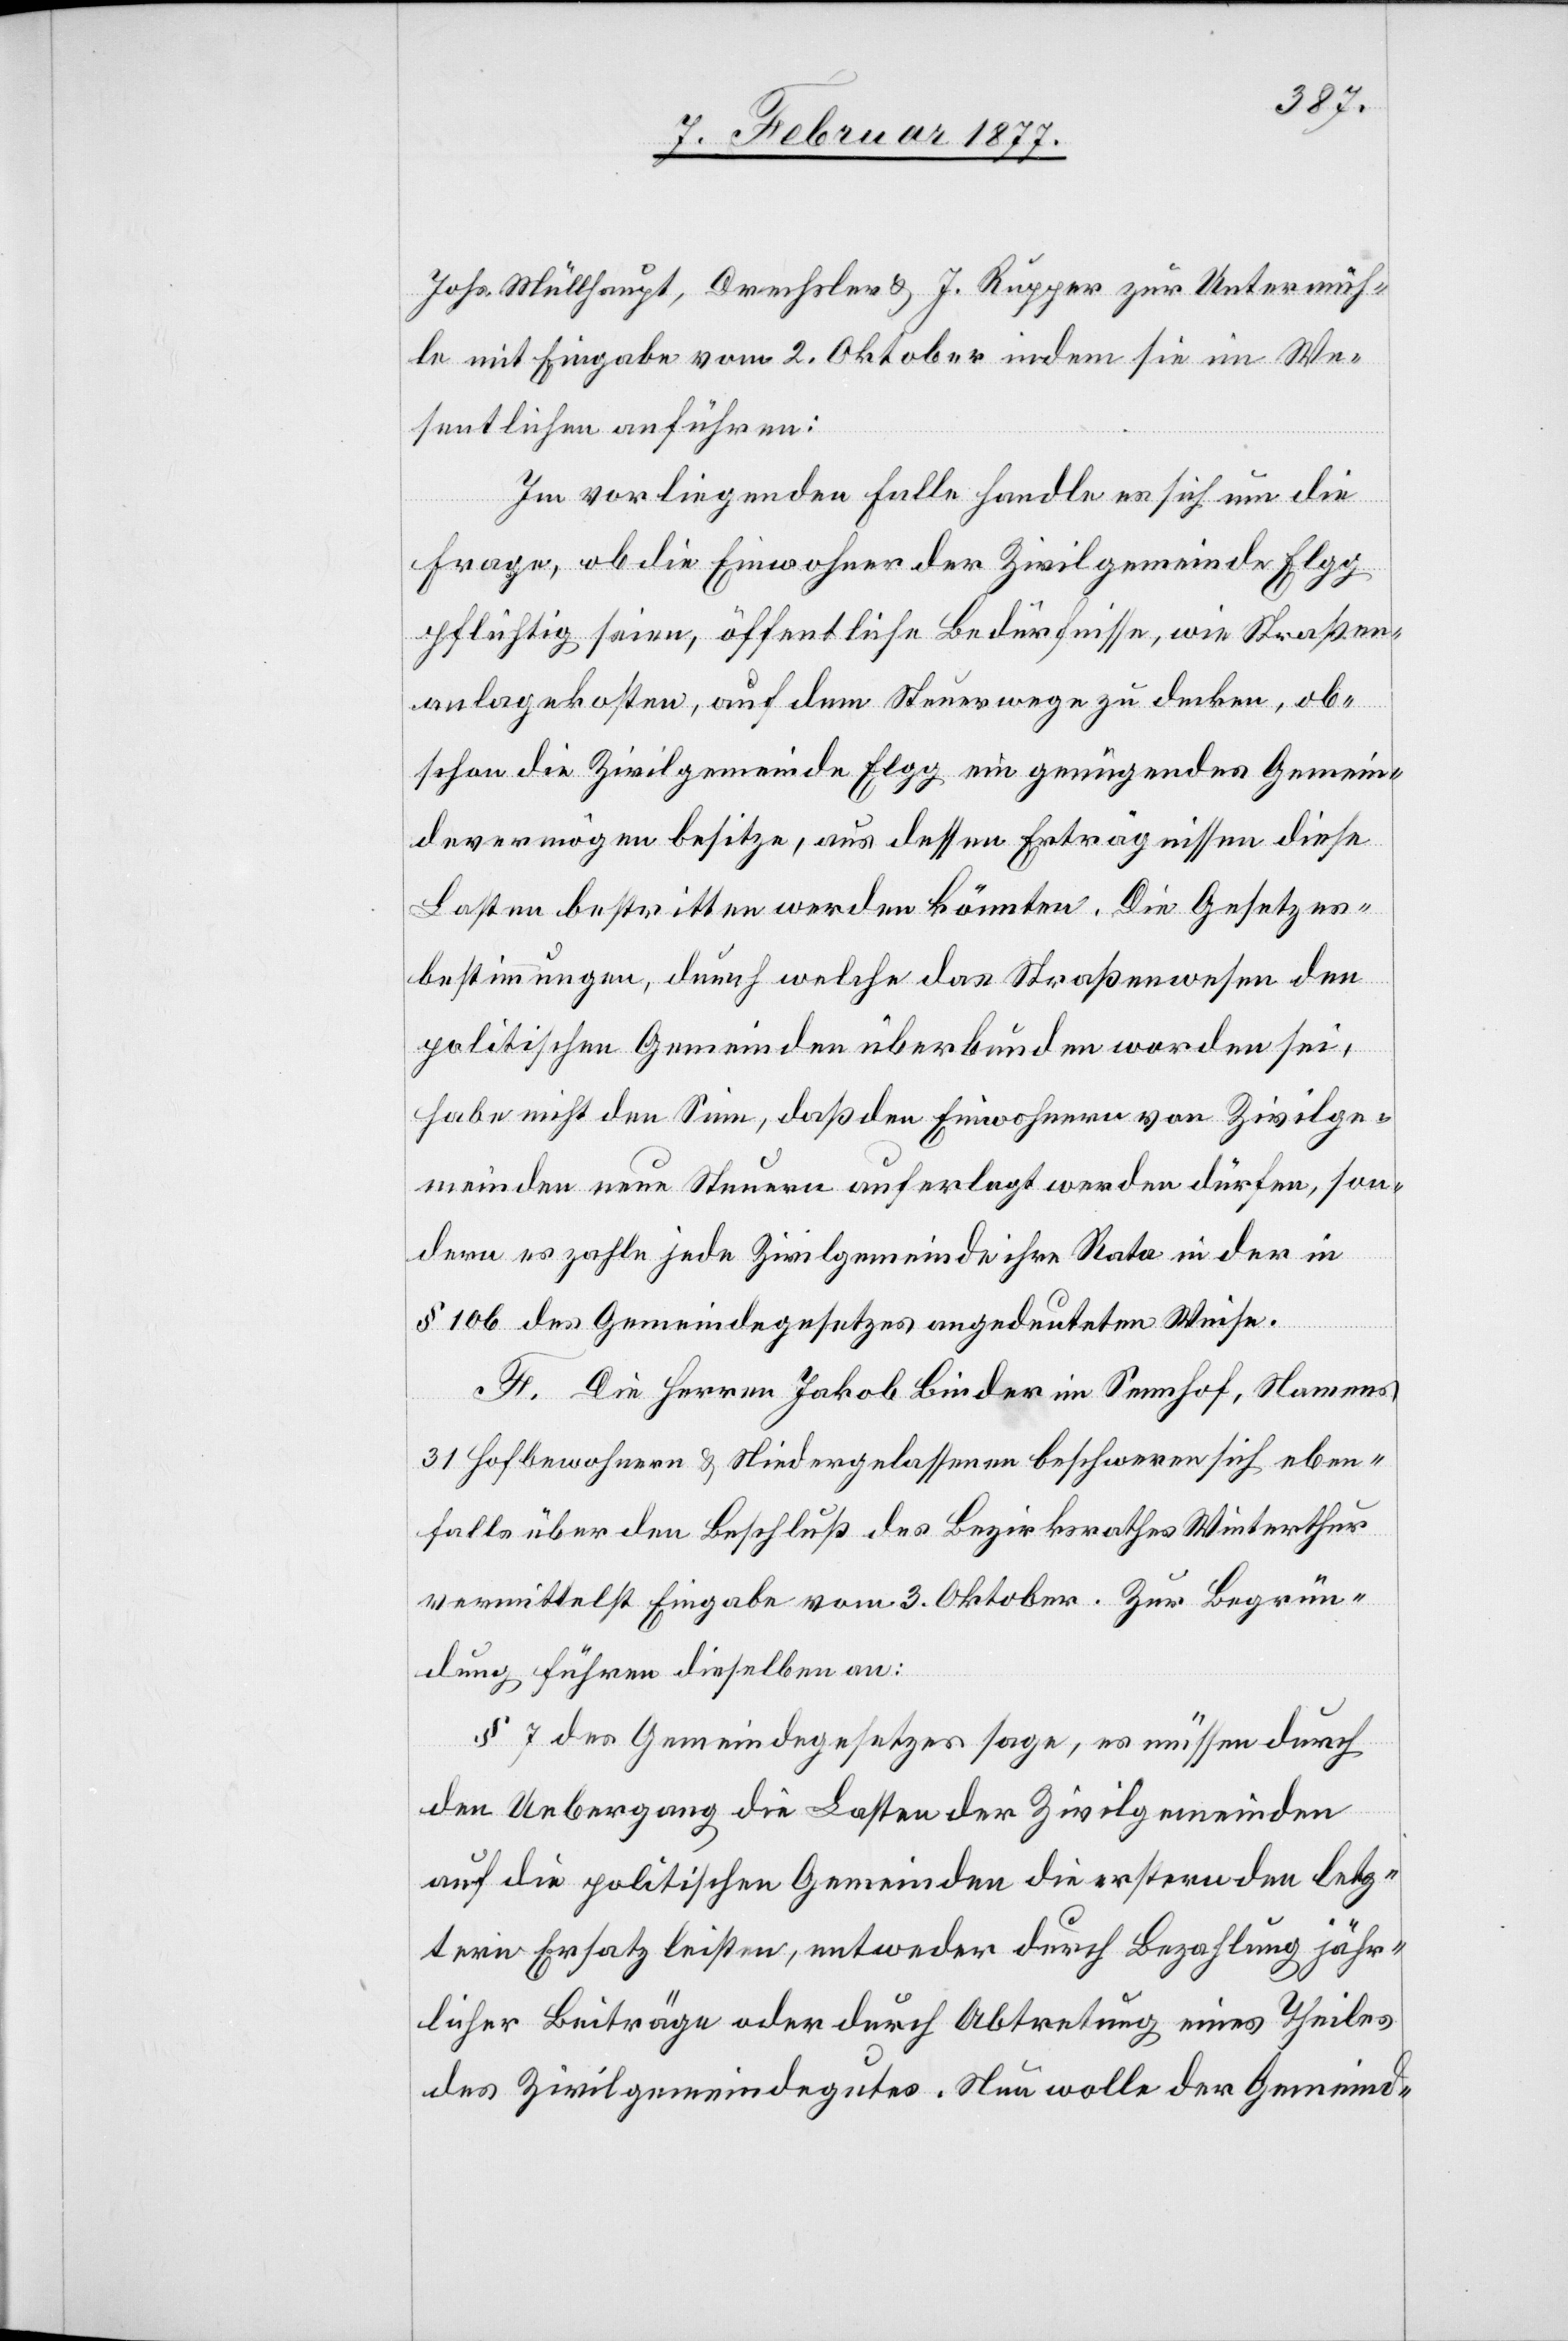
Johs. Müllhaupt, Drechsler & J. Rupper [sic!] zur Untermüh¬
le mit Eingabe vom 2. Oktober indem sie im We¬
sentlichen anführen:
Im vorliegenden Falle handle es sich um die
den
Frage, ob die Einwohner der Zivilgemeinde Elgg
pflichtig seien, öffentliche Bedürfnisse, wie Straßen¬
anlagekosten, auf dem Steuerwege zu decken, ob¬
schon die Zivilgemeinde Elgg ein genügendes Gemein¬
devermögen besitze, aus dessen Erträgnissen diese
Lasten bestritten werden könnten. Die Gesetzes¬
bestimmungen, durch welche das Straßenwesen den
politischen Gemeinden überbunden worden sei,
habe nicht den Sinn, daß den Einwohnern von Zivilge¬
meinden neue Steuern auferlegt werden dürfen, son¬
dern es zahle jede Zivilgemeinde ihre Rata in der in
§ 106 des Gemeindegesetzes angedeuteten Weise.
F. Die Herren Jakob Binder im Sennhof, Namens
31 Hofbewohnern & Niedergelassenen beschweren sich eben¬
falls über den Beschluß des Bezirksrathes Winterthur
vermittelst Eingabe vom 3. Oktober. Zur Begrün¬
dung führen dieselben an:
§ 7 des Gemeindegesetzes sage, es müssen durch
auf die politischen Gemeinden die erstern den letz¬
tern Ersatz leisten, entweder durch Bezahlung jähr¬
licher Beiträge oder durch Abtretung eines Theiles
des Zivilgemeindegutes. Nun wolle der Gemeind-

Zivilgemeinden